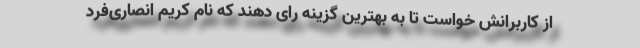
از کاربرانش خواست تا به بهترین گزینه رای دهند که نام کریم انصاری‌فرد